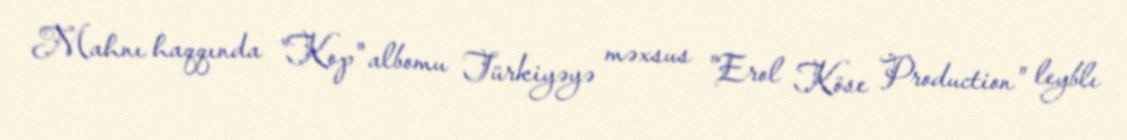
Mahnı haqqında "Kop" albomu Türkiyəyə məxsus "Erol Köse Production" leyblı